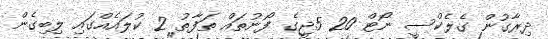
ދިރާގުން ގެލެކްސީ ނޯޓް 20 5ޖީގެ ފޯނުތައް ތަފާތު 2 ކުލައެއްގައި ލިބިގެން